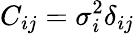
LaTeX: C_{ij}=\sigma_{i}^{2}\delta_{ij}